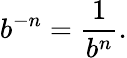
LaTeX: b^{-n}={\frac{1}{b^{n}}}.